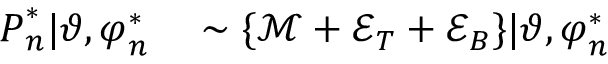
\begin{array} { r l } { \boldsymbol { P } _ { n } ^ { * } | \boldsymbol { \vartheta } , \boldsymbol { \varphi } _ { n } ^ { * } } & { { } \sim \{ \mathcal { M } + \mathcal { E } _ { T } + \mathcal { E } _ { B } \} | \boldsymbol { \vartheta } , \boldsymbol { \varphi } _ { n } ^ { * } } \end{array}